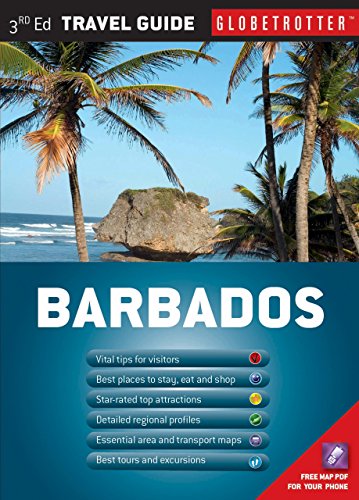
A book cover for Barbados Travel Pack, 3rd (Globetrotter Travel Packs); Melissa Shales; Travel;